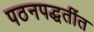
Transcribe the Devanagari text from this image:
पठनपद्धतींत